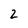
Character: 2